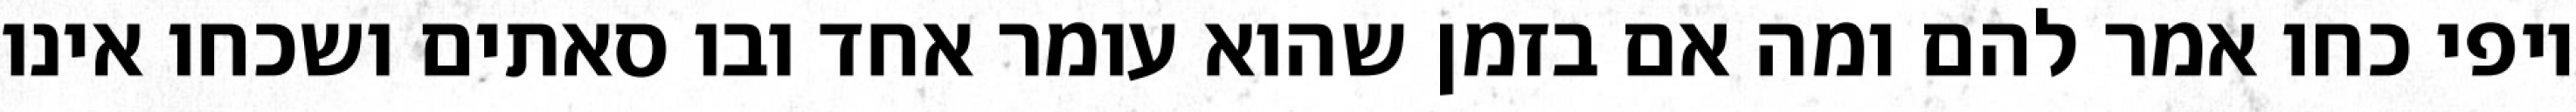
יופי כחו אמר להם ומה אם בזמן שהוא עומר אחד ובו סאתים ושכחו אינו